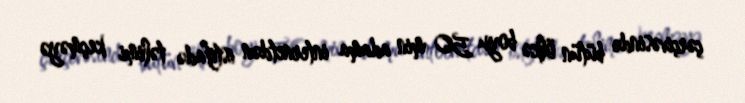
çərçivəsində bütün ölkə boyu 50 min adama internetdən istifadə təlimi keçməyə